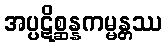
အပ္ပဋိစ္ဆန္နကမ္မန္တဿ